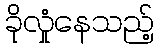
ခိုလှုံနေသည့်